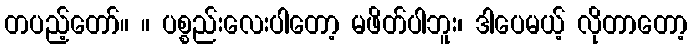
တပည့်တော်။ ။ ပစ္စည်းလေးပါတော့ မဖိတ်ပါဘူး၊ ဒါပေမယ့် လိုတာတော့